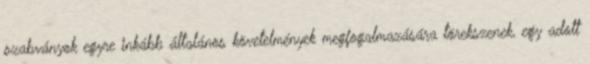
szabványok egyre inkább általános követelmények megfogalmazására törekszenek, egy adott